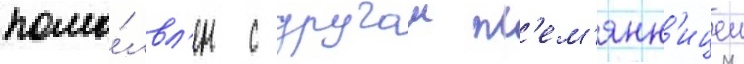
помо́лвл'ен с другои пл'ем'янн'ицеи